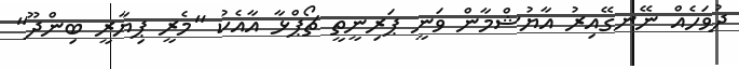
ދުވަހެއް ނޭނގޭއިރު އާޔުޝްމާން ވަނީ ޕަރިނީތީ ޗޯޕްޅާ އާއެކު "މެރީ ޕިޔާރީ ބިންދޫ"